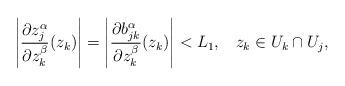
LaTeX: \begin{align*}\left|\frac{\partial z_j^{\alpha}}{\partial z_k^{\beta}}(z_k)\right|=\left|\frac{\partial b_{jk}^\alpha}{\partial z_k^\beta}(z_k) \right|< L_1,\,\,\,\,\,z_k\in U_k\cap U_j,\end{align*}